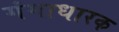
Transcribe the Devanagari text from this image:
गंगाधारक